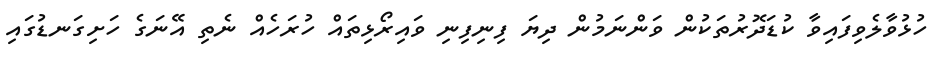
ހުޅުވާލެވިފައިވާ ކުޑަދޮރުތަކުން ވަންނަމުން ދިޔަ ފިނިފިނި ވައިރޯޅިތައް ހުރަހެއް ނެތި އޭނަގެ ހަށިގަނޑުގައި